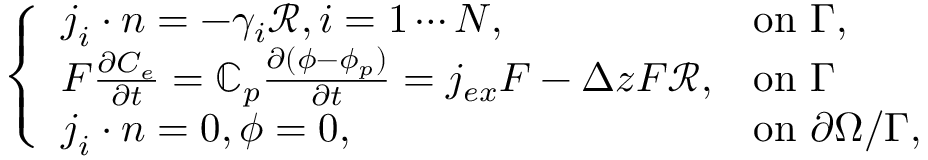
\left\{ \begin{array} { l l } { \boldsymbol { j } _ { i } \cdot \boldsymbol { n } = - \gamma _ { i } \mathcal { R } , i = 1 \cdots N , } & { \mathrm { o n ~ } \Gamma , } \\ { F \frac { \partial C _ { e } } { \partial t } = \mathbb { C } _ { p } \frac { \partial ( \phi - \phi _ { p } ) } { \partial t } = j _ { e x } F - \Delta z F \mathcal { R } , } & { \mathrm { o n ~ } \Gamma } \\ { \boldsymbol { j } _ { i } \cdot \boldsymbol { n } = 0 , \phi = 0 , } & { \mathrm { o n ~ } \partial \Omega / \Gamma , } \end{array} \right.